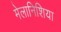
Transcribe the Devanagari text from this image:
मेलानिशिया